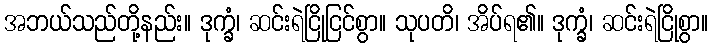
အဘယ်သည်တို့နည်း။ ဒုက္ခံ၊ ဆင်းရဲငြိုငြင်စွာ။ သုပတိ၊ အိပ်ရ၏။ ဒုက္ခံ၊ ဆင်းရဲငြိုစွာ။